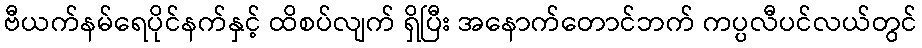
ဗီယက်နမ်ရေပိုင်နက်နှင့် ထိစပ်လျက် ရှိပြီး အနောက်တောင်ဘက် ကပ္ပလီပင်လယ်တွင်